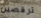
ترقصين